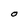
Character: O